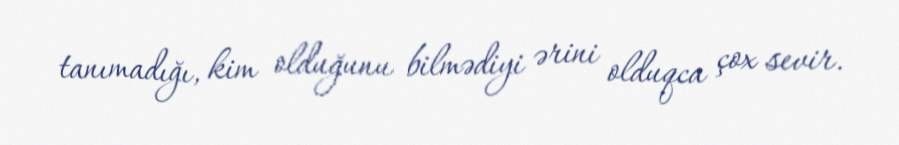
tanımadığı, kim olduğunu bilmədiyi ərini olduqca çox sevir.